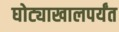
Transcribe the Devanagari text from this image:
घोट्याखालपर्यंत